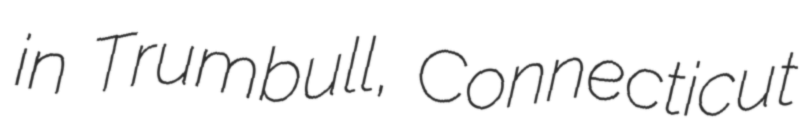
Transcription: in Trumbull, Connecticut